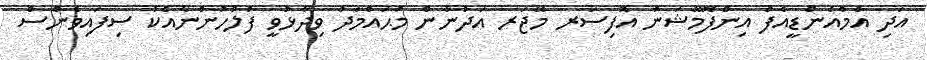
އަދި އެމްއެންޑީއެފް އިންފޮމޭޝަން އޮފިސަރ މޭޖަރ އަދުނާން މުޙައްމަދު ވިދާޅުވީ ފުލުހުންނާއެކު ސިފައިވެންސް